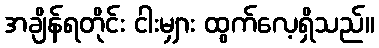
အချိန်ရတိုင်း ငါးမျှား ထွက်လေ့ရှိသည်။